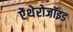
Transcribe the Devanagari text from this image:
ऐंथेरोजॉइड